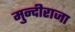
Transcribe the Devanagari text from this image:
मुन्दीराजा